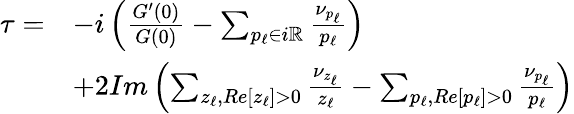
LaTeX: \begin{array}{r}{\begin{array}{rl}{\tau=}&{-i\left(\frac{G^{\prime}(0)}{G(0)}-\sum_{p_{\ell}\in i\mathbb{R}}\frac{\nu_{p_{\ell}}}{p_{\ell}}\right)}\\ &{+2Im\left(\sum_{z_{\ell},Re[z_{\ell}]>0}\frac{\nu_{z_{\ell}}}{z_{\ell}}-\sum_{p_{\ell},Re[p_{\ell}]>0}\frac{\nu_{p_{\ell}}}{p_{\ell}}\right)}\end{array}}\end{array}